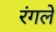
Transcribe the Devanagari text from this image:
रंगले